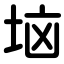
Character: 垴